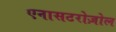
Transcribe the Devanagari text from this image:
एनासटरोज़ोल